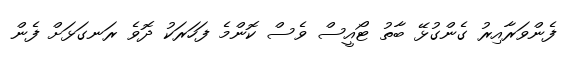
ފެންވަރާއިރު ގެންގުޅޭ ބާތު ޓޯއީސް ވެސް ކޮންމެ ފަހަރަކު ދޮވެ ރަނގަޅަށް ފެން